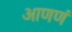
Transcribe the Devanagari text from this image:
आणणं